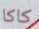
كاكا